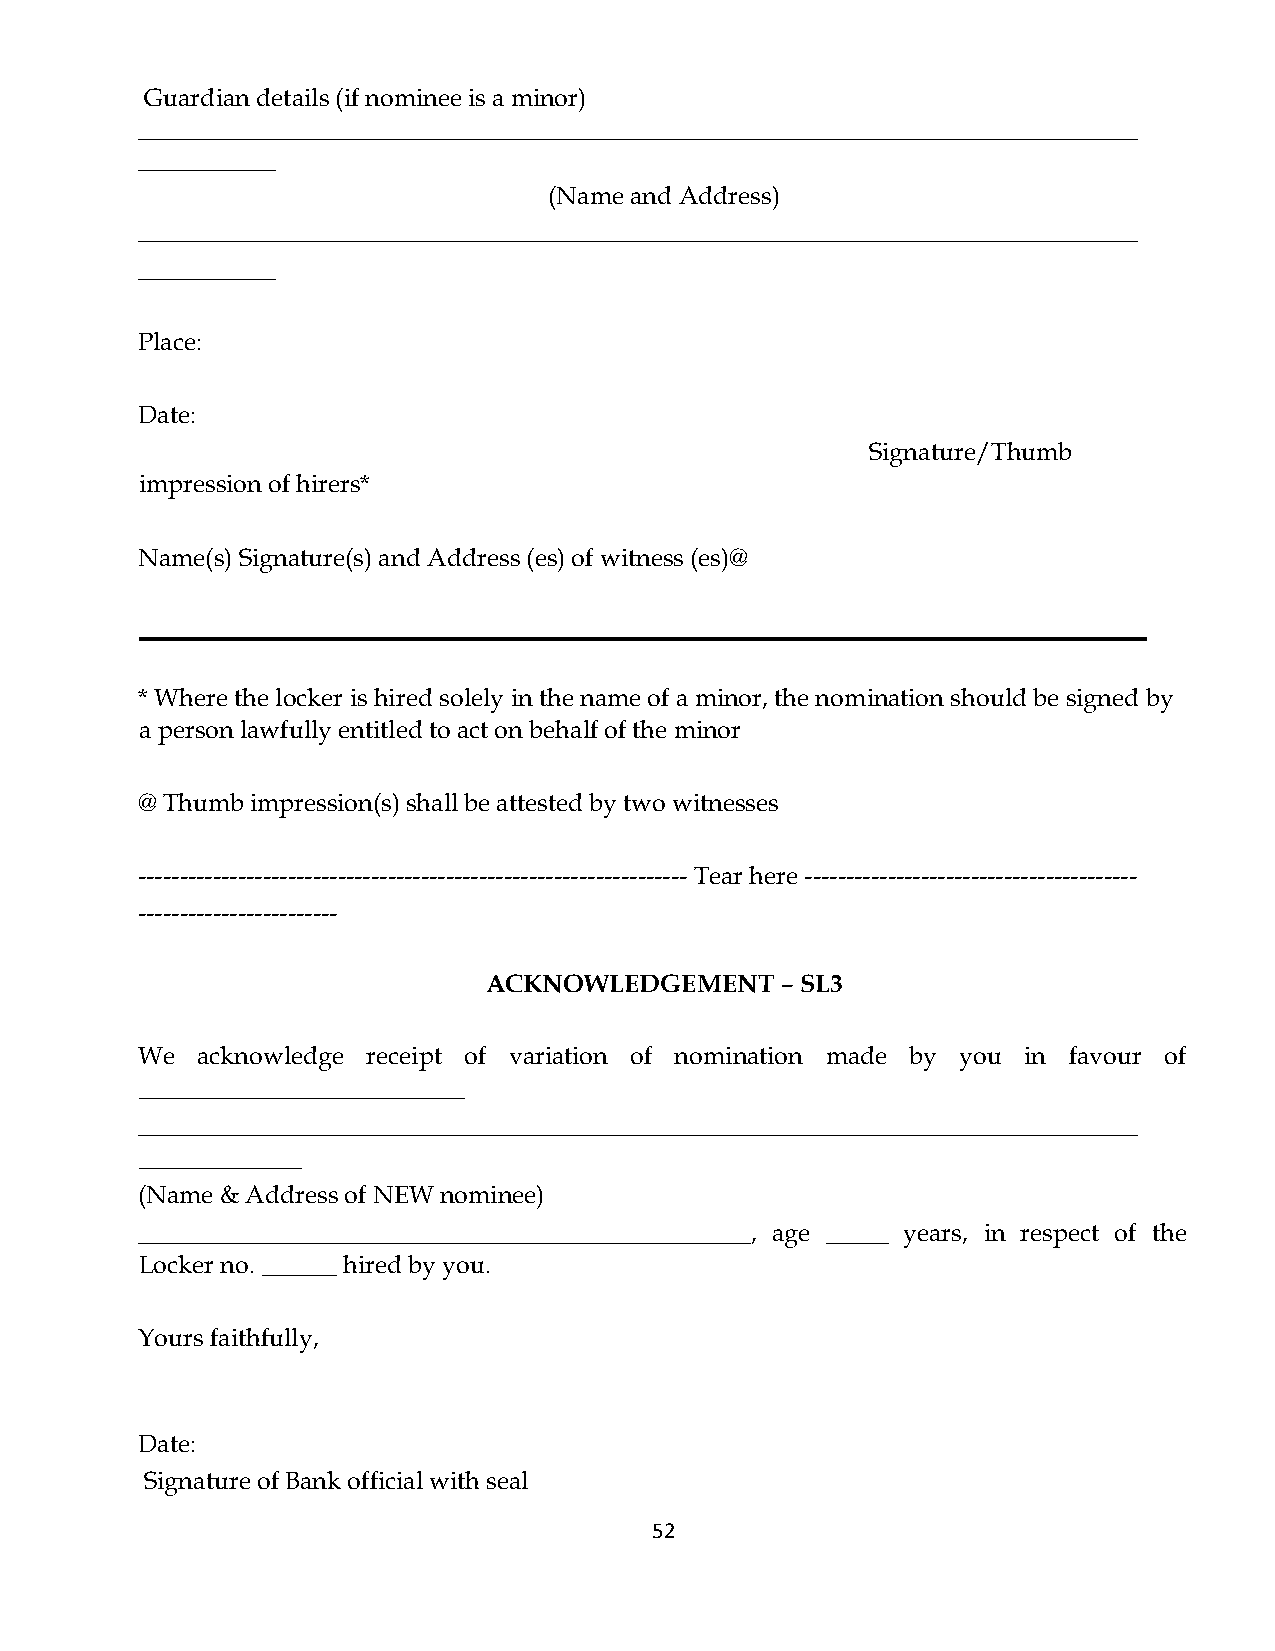
Guardian details (if nominee is a minor)
 ________________________________________________________________________________
 ___________
 (Name and Address)
 ________________________________________________________________________________
 ___________
 Place:
 Date:
 Signature/Thumb
 impression of hirers*
 Name(s) Signature(s) and Address (es) of witness (es)@
 * Where the locker is hired solely in the name of a minor, the nomination should be signed by
 a person lawfully entitled to act on behalf of the minor
 @ Thumb impression(s) shall be attested by two witnesses
 ------------------------------------------------------------------ Tear here ----------------------------------------
 ------------------------
 ACKNOWLEDGEMENT     – SL3
 We  acknowledge receipt of variation of nomination made by you in favour of
 __________________________
 ________________________________________________________________________________
 _____________
 (Name & Address of NEW nominee)
 _________________________________________________, age _____ years, in respect of the
 Locker no. ______ hired by you.
 Yours faithfully,
 Date:
 Signature of Bank official with seal
 52